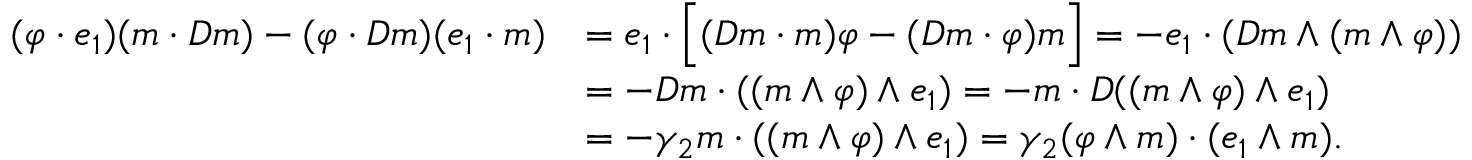
\begin{array} { r l } { ( \varphi \cdot e _ { 1 } ) ( m \cdot D m ) - ( \varphi \cdot D m ) ( e _ { 1 } \cdot m ) } & { = e _ { 1 } \cdot \Bigl [ ( D m \cdot m ) \varphi - ( D m \cdot \varphi ) m \Bigr ] = - e _ { 1 } \cdot ( D m \wedge ( m \wedge \varphi ) ) } \\ & { = - D m \cdot ( ( m \wedge \varphi ) \wedge e _ { 1 } ) = - m \cdot D ( ( m \wedge \varphi ) \wedge e _ { 1 } ) } \\ & { = - \gamma _ { 2 } m \cdot ( ( m \wedge \varphi ) \wedge e _ { 1 } ) = \gamma _ { 2 } ( \varphi \wedge m ) \cdot ( e _ { 1 } \wedge m ) . } \end{array}